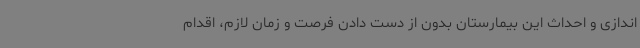
اندازی و احداث این بیمارستان بدون از دست دادن فرصت و زمان لازم، اقدام